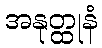
အနုတ္ထုနံ